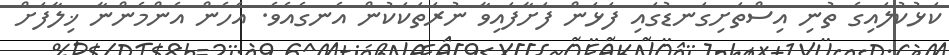
ކަޅުކުލައިގެ ތުނި އިސްތަށިގަނޑުގައި ފަޅަން ފަށާފައިވާ ނުރަތަކަކުން އެނގެއެވެ. އެހެން އެންމެންނާ ޚިލާފަށް